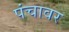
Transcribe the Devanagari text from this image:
पंचावर